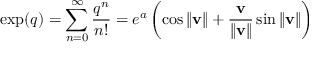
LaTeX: \exp ( q ) = \sum _ { n = 0 } ^ { \infty } { \frac { q ^ { n } } { n ! } } = e ^ { a } \left( \cos \| \mathbf { v } \| + { \frac { \mathbf { v } } { \| \mathbf { v } \| } } \sin \| \mathbf { v } \| \right) ~